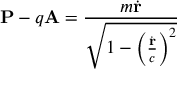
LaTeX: \mathbf { P } - q \mathbf { A } = { \frac { m { \dot { \mathbf { r } } } } { \sqrt { 1 - \left( { \frac { \dot { \mathbf { r } } } { c } } \right) ^ { 2 } } } }